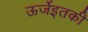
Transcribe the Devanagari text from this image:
ऊर्जेइतकी